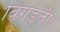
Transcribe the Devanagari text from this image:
बिगड़ती।